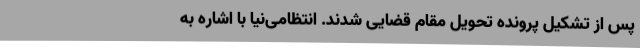
پس از تشکیل پرونده تحویل مقام قضایی شدند. انتظامی‌نیا با اشاره به